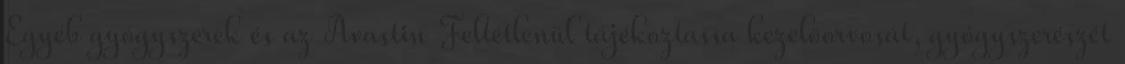
Egyéb gyógyszerek és az Avastin Feltétlenül tájékoztassa kezelőorvosát, gyógyszerészét